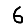
Digit: 6